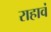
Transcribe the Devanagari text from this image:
राहावं